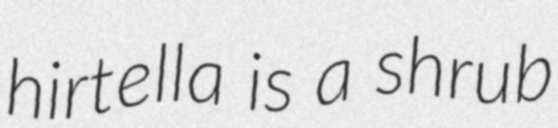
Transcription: hirtella is a shrub